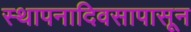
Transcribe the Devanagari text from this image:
स्थापनादिवसापासून